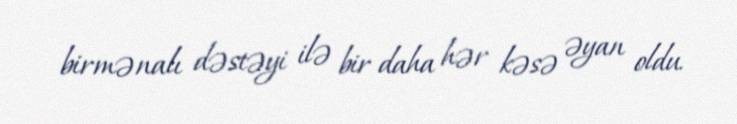
birmənalı dəstəyi ilə bir daha hər kəsə əyan oldu.